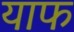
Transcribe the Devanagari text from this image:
याफ